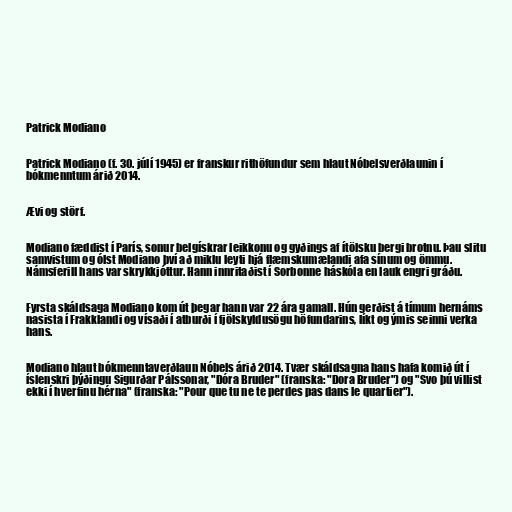
Patrick Modiano

Patrick Modiano (f. 30. júlí 1945) er franskur rithöfundur sem hlaut Nóbelsverðlaunin í
bókmenntum árið 2014.

Ævi og störf.

Modiano fæddist í París, sonur belgískrar leikkonu og gyðings af ítölsku bergi brotnu. Þau slitu
samvistum og ólst Modiano því að miklu leyti hjá flæmskumælandi afa sínum og ömmu.
Námsferill hans var skrykkjóttur. Hann innritaðist í Sorbonne háskóla en lauk engri gráðu.

Fyrsta skáldsaga Modiano kom út þegar hann var 22 ára gamall. Hún gerðist á tímum hernáms
nasista í Frakklandi og vísaði í atburði í fjölskyldusögu höfundarins, líkt og ýmis seinni verka
hans.

Modiano hlaut bókmenntaverðlaun Nóbels árið 2014. Tvær skáldsagna hans hafa komið út í
íslenskri þýðingu Sigurðar Pálssonar, "Dóra Bruder" (franska: "Dora Bruder") og "Svo þú villist
ekki í hverfinu hérna" (franska: "Pour que tu ne te perdes pas dans le quartier").